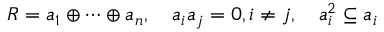
R = { \mathfrak { a } } _ { 1 } \oplus \cdots \oplus { \mathfrak { a } } _ { n } , \quad { \mathfrak { a } } _ { i } { \mathfrak { a } } _ { j } = 0 , i \neq j , \quad { \mathfrak { a } } _ { i } ^ { 2 } \subseteq { \mathfrak { a } } _ { i }